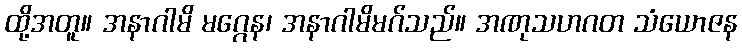
ထို့အတူ။ အနာဂါမိ မဂ္ဂေန၊ အနာဂါမိမဂ်သည်။ အဏုသဟဂတ သံယောဇန